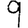
Digit: 9